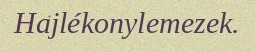
Hajlékonylemezek.